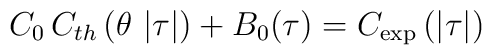
C_{0}\,C_{th}\left( \theta \,\left| \tau \right| \right) +B_{0}(\tau)=C_{\exp }\left( \left| \tau \right| \right)